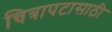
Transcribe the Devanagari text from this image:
चित्रापटासाठी